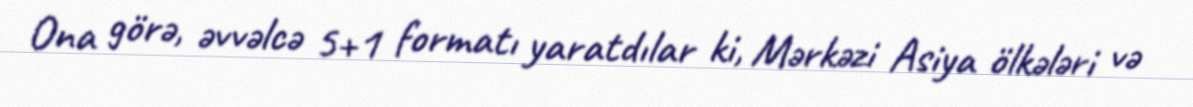
Ona görə, əvvəlcə 5+1 formatı yaratdılar ki, Mərkəzi Asiya ölkələri və